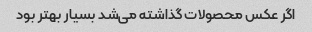
اگر عکس محصولات گذاشته می‌شد بسیار بهتر بود